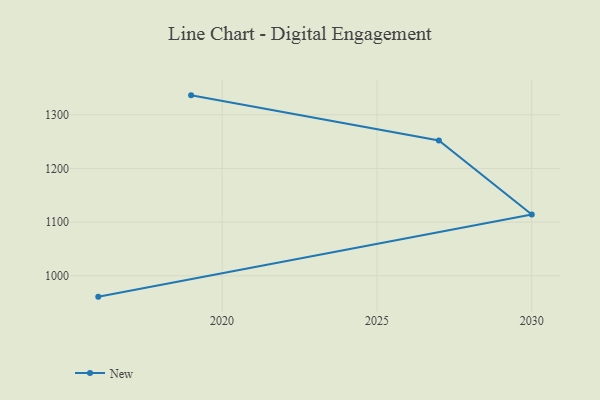
{"axis": {"x": "Year", "y": "Customer Acquisition Cost (USD)"}, "legend": ["New"], "data": [{"x": "2019", "y": 1336.2, "type": "New"}, {"x": "2027", "y": 1252.1, "type": "New"}, {"x": "2030", "y": 1114.3, "type": "New"}, {"x": "2016", "y": 961.1, "type": "New"}]}